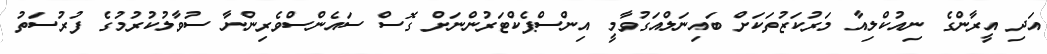
އަދި އީރާންގެ ނިއުކްލިއާ މަރުކަޒުތަކަށް ބައިނަލްއަގުވާމީ އިންސްޕެކްޓަރުންނަށް ގޮސް ސައެންސްވެރިންނާ ސުވާލުކުރުމުގެ ފުރުސަތު